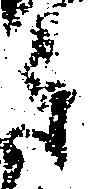
郎